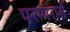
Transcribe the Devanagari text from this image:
परम्परासे